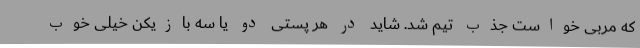
که مربی خواست جذب تیم شد. شاید در هر پستی دو یا سه بازیکن خیلی خوب